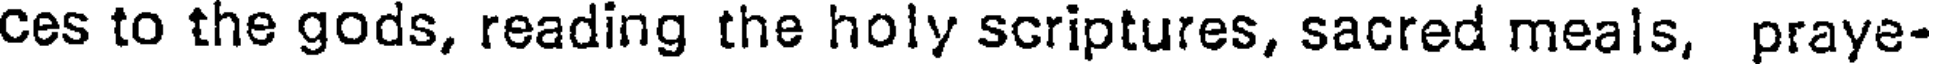
Ces to the gods, reading the holy scriptures, sacred meals, praye-